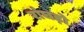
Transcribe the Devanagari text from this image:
रांघड़ो